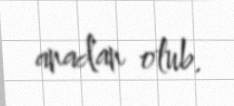
anadan olub.